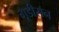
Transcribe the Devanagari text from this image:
गूडीसन